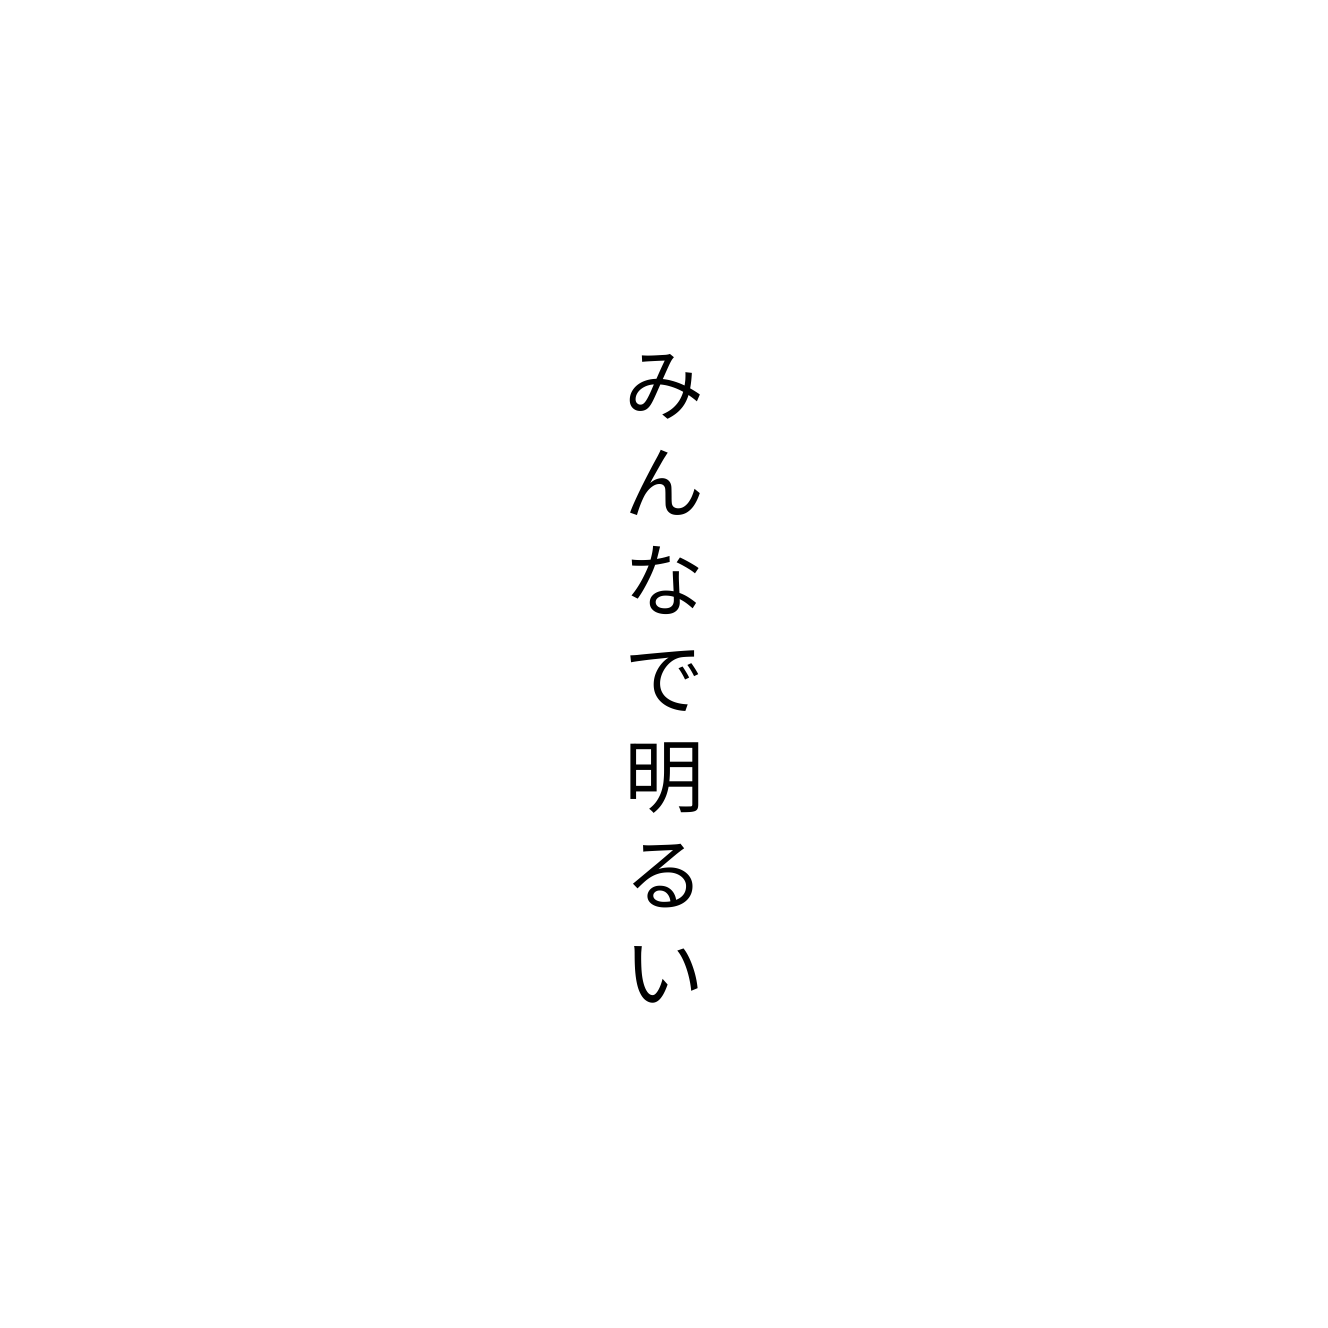
みんなで明るい